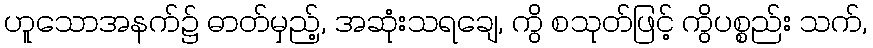
ဟူသောအနက်၌ ဓာတ်မှည့်, အဆုံးသရချေ, ကွိ စသုတ်ဖြင့် ကွိပစ္စည်း သက်,